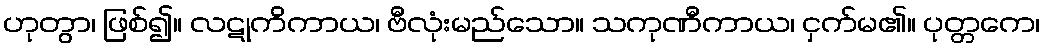
ဟုတွာ၊ ဖြစ်၍။ လဋုကိကာယ၊ ဗီလုံးမည်သော။ သကုဏီကာယ၊ ငှက်မ၏။ ပုတ္တကေ၊